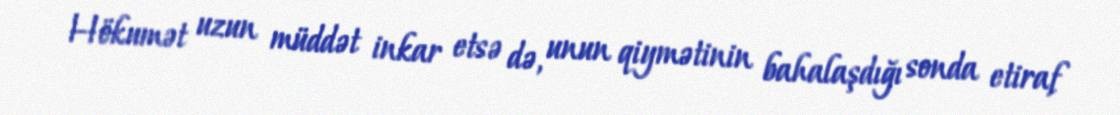
Hökumət uzun müddət inkar etsə də, unun qiymətinin bahalaşdığı sonda etiraf